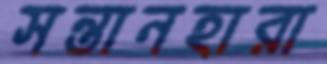
সন্তানহারা